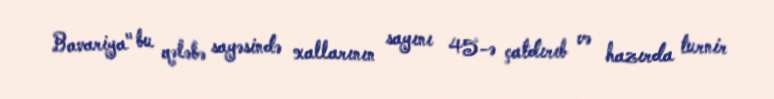
Bavariya" bu qələbə sayəsində xallarının sayını 45-ə çatdırıb və hazırda turnir